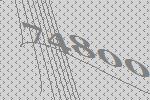
74800